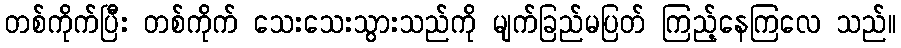
တစ်ကိုက်ပြီး တစ်ကိုက် သေးသေးသွားသည်ကို မျက်ခြည်မပြတ် ကြည့်နေကြလေ သည်။